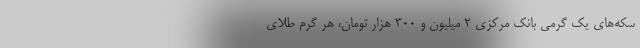
سکه‌های یک گرمی بانک مرکزی 2 میلیون و 300 هزار تومان، هر گرم طلای